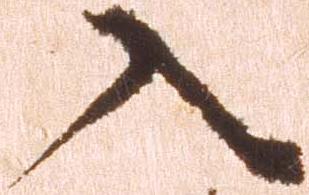
入